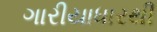
ગારીયાધારથી